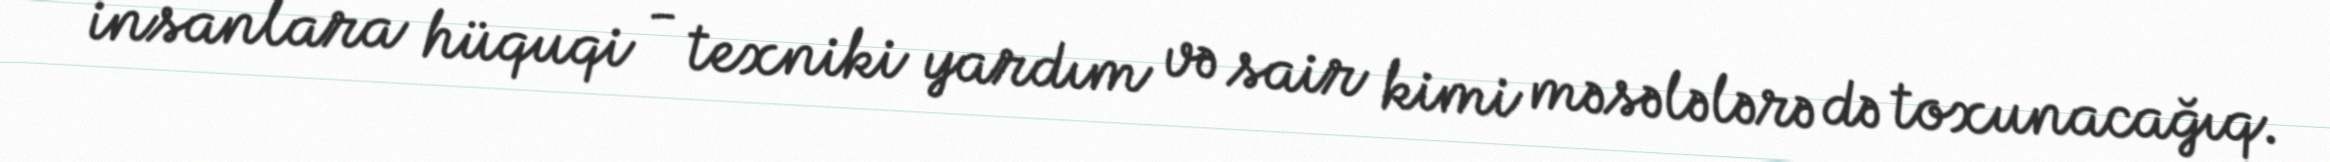
insanlara hüquqi - texniki yardım və sair kimi məsələlərə də toxunacağıq.